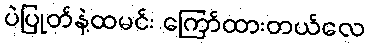
ပဲပြုတ်နဲ့ထမင်း ကြော်ထားတယ်လေ